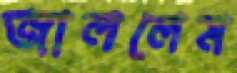
জাললেম